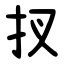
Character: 扠